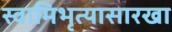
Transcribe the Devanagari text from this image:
स्वामिभृत्यासारखा